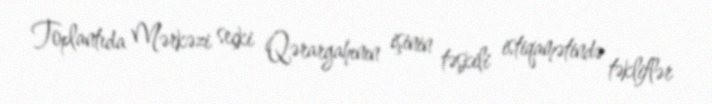
Toplantıda Mərkəzi seçki Qərargahının işinin təşkili istiqamətində təkliflər